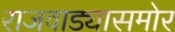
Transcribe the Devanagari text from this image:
राजवाड्यासमोर